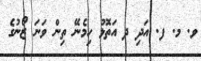
ވ. މ. ފ. އަދި ދ އަތޮޅު ހިމެނޭ ތިން ވަނަ ޒޯނުގެ